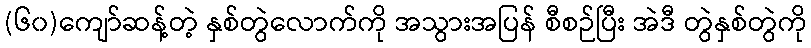
(၆၀)ကျော်ဆန့်တဲ့ နှစ်တွဲလောက်ကို အသွားအပြန် စီစဉ်ပြီး အဲဒီ တွဲနှစ်တွဲကို